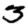
Digit: 3